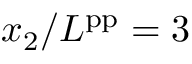
x _ { 2 } / L ^ { \mathrm { p p } } = 3